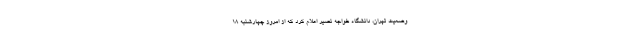
وضعیت تهران، دانشگاه خواجه نصیر اعلام کرد که از امروز چهارشنبه ۱۸